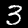
Digit: 3